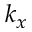
k _ { x }